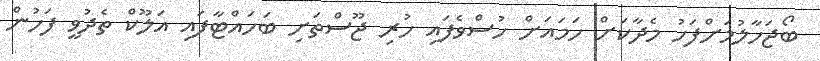
ބޯޖަހާލުމަށްފަހު މެދާކަށް ހަމައަށް ހުސްވެފައި ހުރި ޖޫސްތަށި ބަހައްޓާފައި އަލޫކް ތެދުވީ ފަހުން